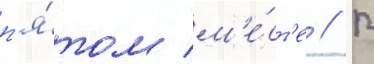
п'я́том м'е́ст'е // В